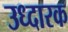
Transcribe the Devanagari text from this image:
उध्दारक